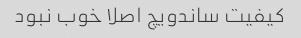
کیفیت ساندویچ اصلا خوب نبود